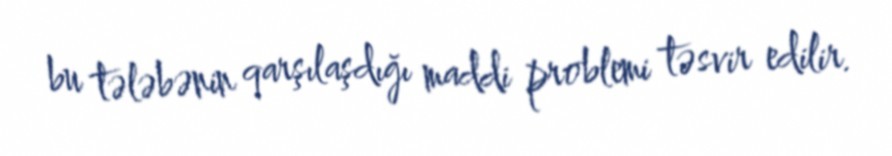
bu tələbənin qarşılaşdığı maddi problemi təsvir edilir.